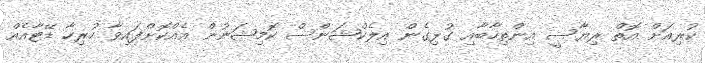
ކުރިއަށް އޮތް ރިޔާސީ އިންތިހާބާއި ގުޅިގެން އިލެކްޝަންސް ކޮމިޝަނުން އެއްކޮށްފައިވާ ހުރިހާ ޑޭޓާއެއް